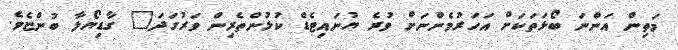
މަތިން އަންނަ ބޯޅަތަކަށް އަހަރުމެންނަށް ވުރެ ޔުނައިޓެޑް ކުޅުންތެރިން ވަރުގަދަ" ގާޑިޔޯލާ ބުންޏެވެ.